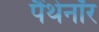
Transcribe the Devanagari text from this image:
पैंथेनॉर